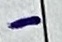
Text: -